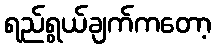
ရည်ရွယ်ချက်ကတော့